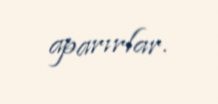
aparırlar.